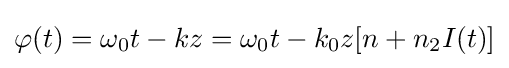
\varphi (t)=\omega _{0}t-kz=\omega _{0}t-k_{0}z[n+n_{2}I(t)]